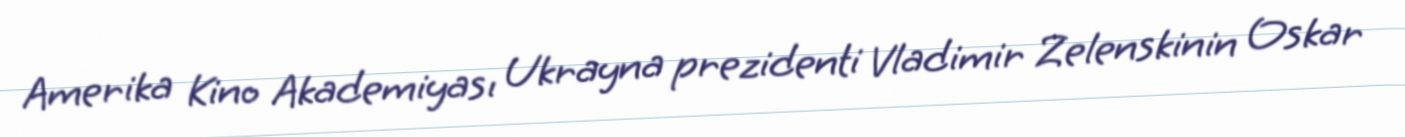
Amerika Kino Akademiyası Ukrayna prezidenti Vladimir Zelenskinin Oskar